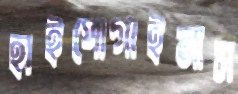
হাইপোগাইনাস